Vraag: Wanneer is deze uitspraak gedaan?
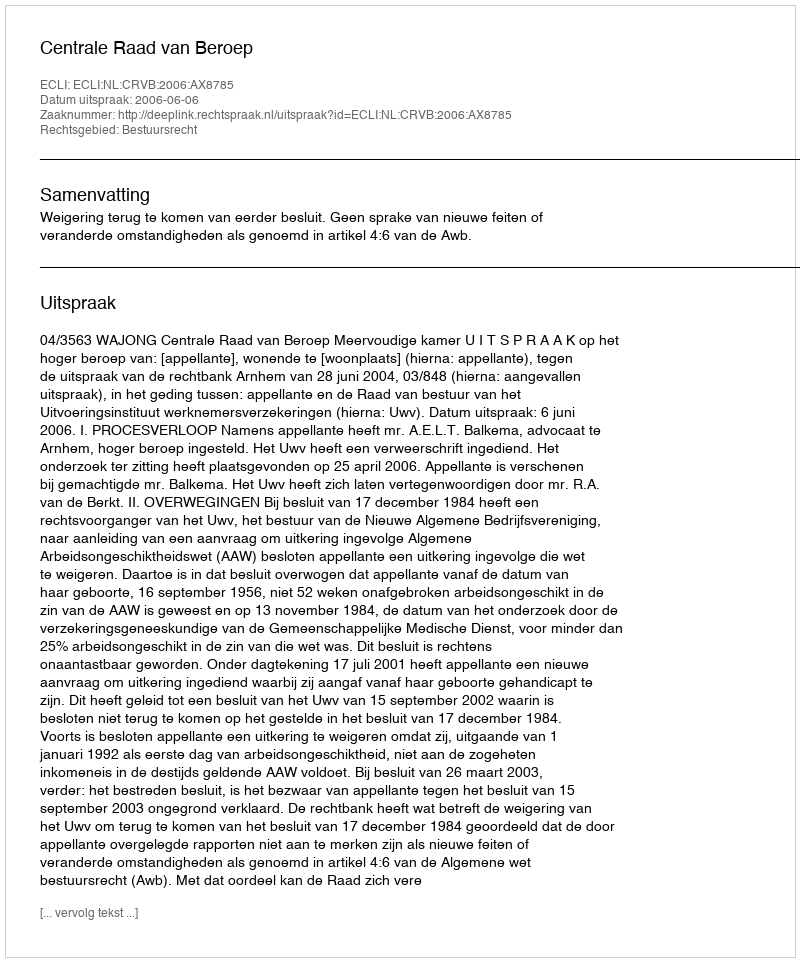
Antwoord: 2006-06-06